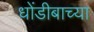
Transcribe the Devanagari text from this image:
धोंडीबाच्या